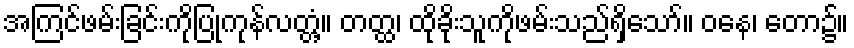
အကြင်ဖမ်းခြင်းကိုပြုကုန်လတ္တံ့။ တတ္ထ၊ ထိုခိုးသူကိုဖမ်းသည်ရှိသော်။ ဝနေ၊ တော၌။